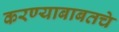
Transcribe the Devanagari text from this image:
करण्याबाबतचे